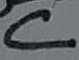
Text: C